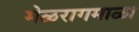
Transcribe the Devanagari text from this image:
मेळरागमाळा